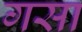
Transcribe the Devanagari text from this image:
गसा